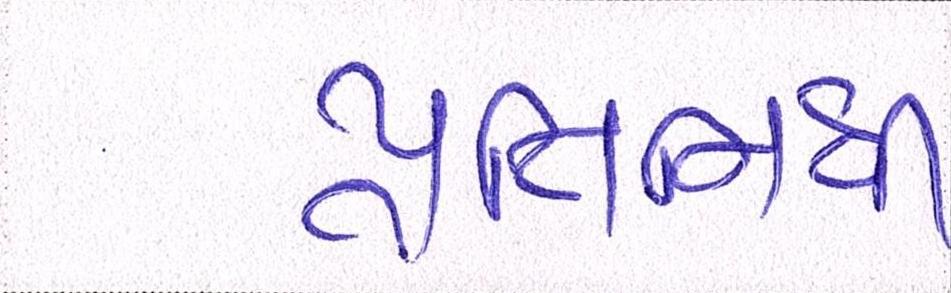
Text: પ્રતિનિધિ